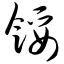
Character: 馁